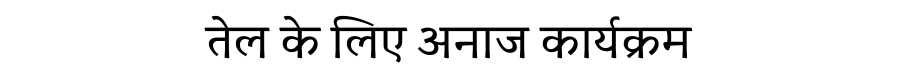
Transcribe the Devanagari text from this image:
तेल के लिए अनाज कार्यक्रम